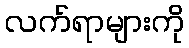
လက်ရာများကို